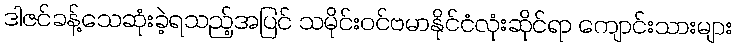
ဒါဇင်ခန့်သေဆုံးခဲ့ရသည့်အပြင် သမိုင်းဝင်ဗမာနိုင်ငံလုံးဆိုင်ရာ ကျောင်းသားများ